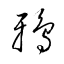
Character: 鴉